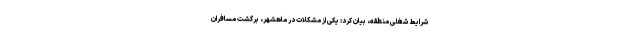
شرایط شغلی منطقه، بیان کرد: یکی از مشکلات در ماهشهر، برگشت مسافران